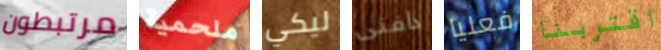
مرتبطون ملحمية ليكي دافنى فعليا اقتربنا